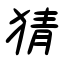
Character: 猜